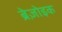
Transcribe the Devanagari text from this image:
ब्रेज़ोइक